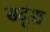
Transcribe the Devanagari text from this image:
सदृंश